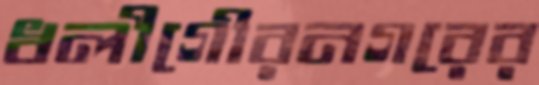
ধলীগৌরনগরের